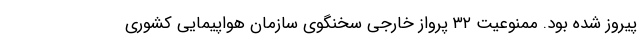
پیروز شده بود. ممنوعیت ۳۲ پرواز خارجی سخنگوی سازمان هواپیمایی کشوری